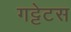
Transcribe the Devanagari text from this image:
गट्टेटस